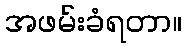
အဖမ်းခံရတာ။